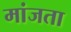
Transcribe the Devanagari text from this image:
मांजता